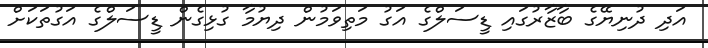
އަދި ދުނިޔޭގެ ބާޒާރުގައި ޑީސަލްގެ އަގު މަތިވަމުން ދިޔުމާ ގުޅިގެން ޑީސަލްގެ އަގުތަކަށް